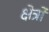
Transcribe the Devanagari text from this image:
क्षेर्त्रों